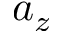
a _ { z }